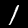
Digit: 1